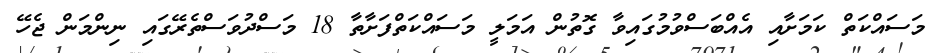
މަސައްކަތް ކަމަށާއި އެއްބަސްވުމުގައިވާ ގޮތުން އަމަލީ މަސައްކަތްފަށާތާ 18 މަސްދުވަސްތެރޭގައި ނިންމަން ޖެހޭ